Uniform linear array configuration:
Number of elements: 4
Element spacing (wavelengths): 0.5
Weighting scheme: uniform
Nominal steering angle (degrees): -45
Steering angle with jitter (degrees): -46.258
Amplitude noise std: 0.05
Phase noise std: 0.05

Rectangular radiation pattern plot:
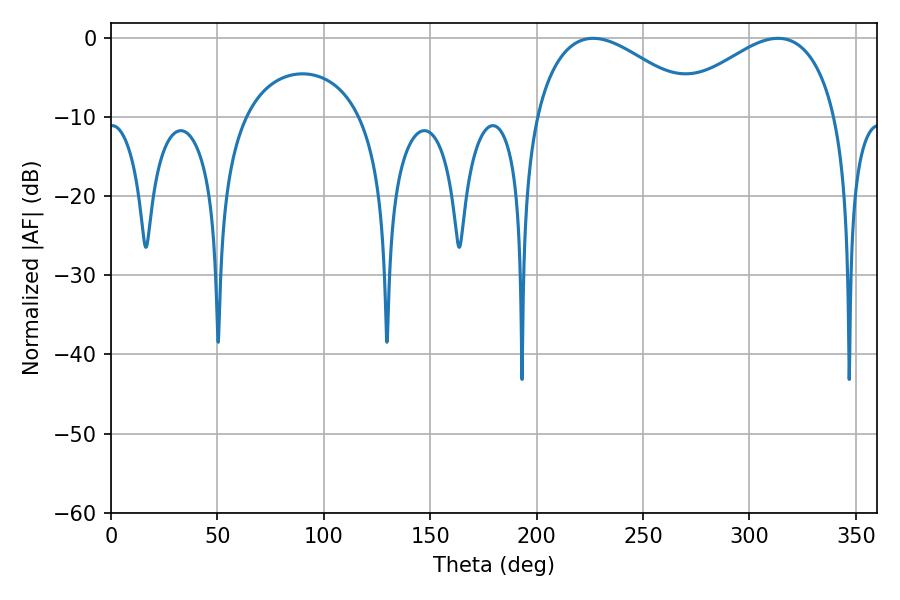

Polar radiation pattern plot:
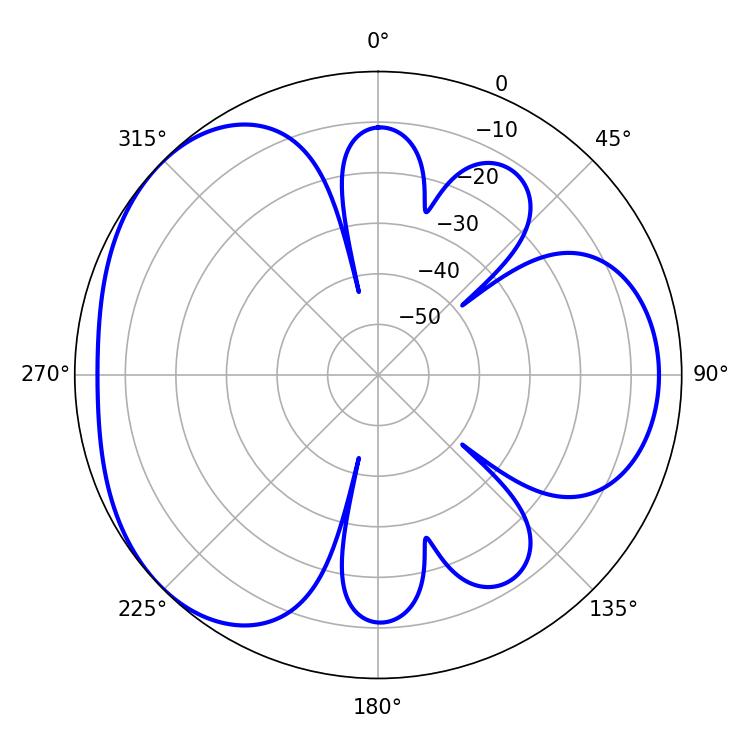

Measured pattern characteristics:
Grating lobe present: FALSE
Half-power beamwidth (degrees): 42.48
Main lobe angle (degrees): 226.62